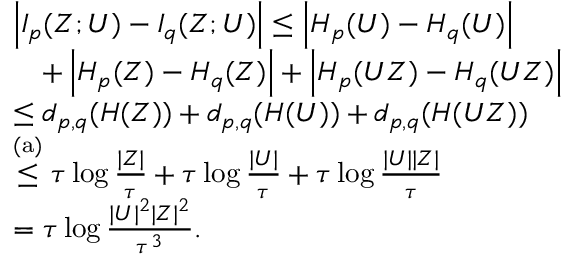
\begin{array} { r l } & { \left| I _ { p } ( Z ; U ) - I _ { q } ( Z ; U ) \right| \leq \left| H _ { p } ( U ) - H _ { q } ( U ) \right| } \\ & { \quad + \left| H _ { p } ( Z ) - H _ { q } ( Z ) \right| + \left| H _ { p } ( U Z ) - H _ { q } ( U Z ) \right| } \\ & { \leq d _ { p , q } ( H ( Z ) ) + d _ { p , q } ( H ( U ) ) + d _ { p , q } ( H ( U Z ) ) } \\ & { \stackrel { \mathrm { ( a ) } } { \leq } \tau \log \frac { | { \cal Z } | } { \tau } + \tau \log \frac { | { \cal U } | } { \tau } + \tau \log \frac { | { \cal U } | | { \cal Z } | } { \tau } } \\ & { = \tau \log \frac { | { \cal U } | ^ { 2 } | { \cal Z } | ^ { 2 } } { \tau ^ { 3 } } . } \end{array}